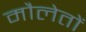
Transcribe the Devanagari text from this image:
मौलेतों